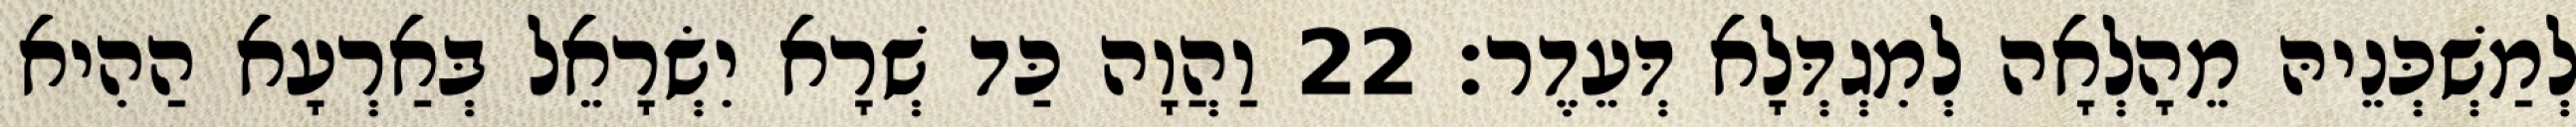
לְמַשְׁכְּנֵיהּ מֵהָלְאָה לְמִגְדְּלָא דְּעֵדֶר׃ 22 וַהֲוָה כַּד שְׁרָא יִשְׂרָאֵל בְּאַרְעָא הַהִיא